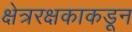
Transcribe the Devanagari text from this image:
क्षेत्ररक्षकाकडून